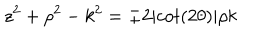
LaTeX: z ^ { 2 } + \rho ^ { 2 } - k ^ { 2 } = \pm 2 \vert c o t ( 2 \theta ) \vert \rho k